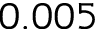
0 . 0 0 5